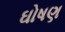
ઘોષણ